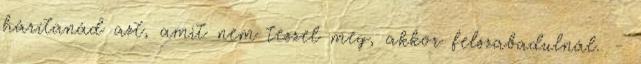
hárítanád azt, amit nem teszel meg, akkor felszabadulnál. -